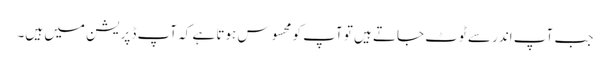
جب آپ اندر سے ٹوٹ جاتے ہیں تو آپ کو محسوس ہوتا ہے کہ آپ ڈپریشن میں ہیں۔